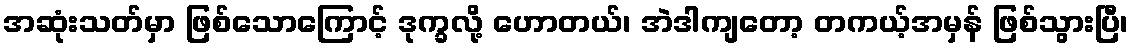
အဆုံးသတ်မှာ ဖြစ်သောကြောင့် ဒုက္ခလို့ ဟောတယ်၊ အဲဒါကျတော့ တကယ့်အမှန် ဖြစ်သွားပြီ၊